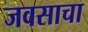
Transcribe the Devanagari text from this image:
जवसाचा